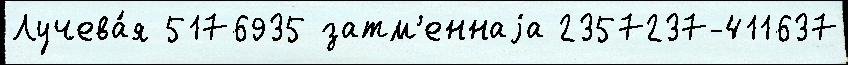
Лучева́я 5176935 затм'еннаjа 2357237-411637